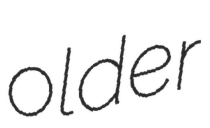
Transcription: older